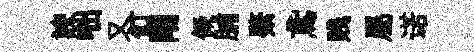
諛咄又飣閈儗脯綮鳶贱屬诺